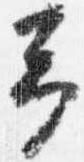
予